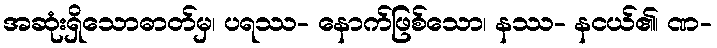
အဆုံးရှိသောဓာတ်မှ၊ ပရဿ- နောက်ဖြစ်သော၊ နဿ- နငယ်၏၊ ဏ-